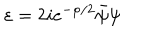
\varepsilon = 2 i e ^ { - \varphi / 2 } \bar { \psi } \psi